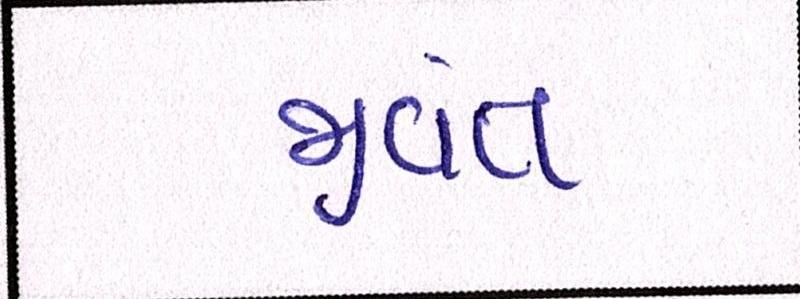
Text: જીવંત